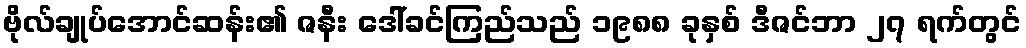
ဗိုလ်ချုပ်အောင်ဆန်း၏ ဇနီး ဒေါ်ခင်ကြည်သည် ၁၉၈၈ ခုနှစ် ဒီဇင်ဘာ ၂၇ ရက်တွင်